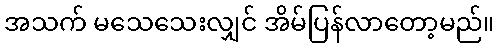
အသက် မသေသေးလျှင် အိမ်ပြန်လာတော့မည်။